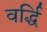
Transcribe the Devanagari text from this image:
वर्द्धि